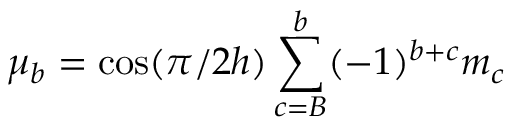
\mu _ { b } = \cos ( \pi / 2 h ) \sum _ { c = B } ^ { b } ( - 1 ) ^ { b + c } m _ { c }